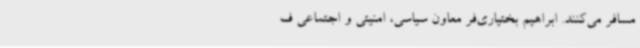
مسافر می‌کنند. ابراهیم بختیاری‌فر معاون سیاسی، امنیتی و اجتماعی ف